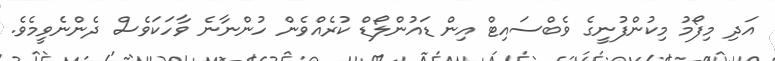
އަދި މިފޯމު މިކުންފުނީގެ ވެބްސައިޓް އިން ޑައުންލޯޑް ކުރެއްވެން ހުންނާނެ ވާހަކަވެސް ދެންނެވީމެވެ.